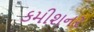
કમીશનર